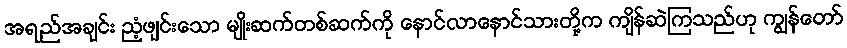
အရည်အချင်း ညံ့ဖျင်းသော မျိုးဆက်တစ်ဆက်ကို နောင်လာနောင်သားတို့က ကျိန်ဆဲကြသည်ဟု ကျွန်တော်